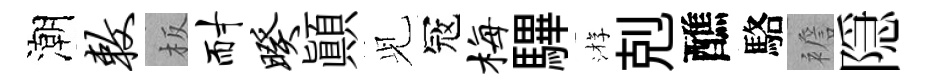
潮敕板耐暌顛𫤗冦梅驆㳺剋醮駱襜隠